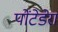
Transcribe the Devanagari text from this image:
पोंटेडेरा